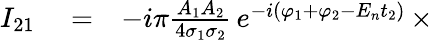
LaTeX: \begin{array}{rlr}{I_{21}}&{{}=}&{-i\pi\frac{A_{1}A_{2}}{4\sigma_{1}\sigma_{2}}\, e^{-i(\varphi_{1}+\varphi_{2}-E_{n}t_{2})}\, \times}\end{array}